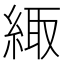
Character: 緅